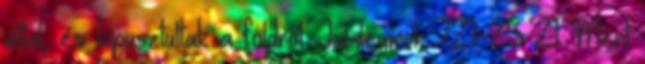
által, és kipusztultak a földről. Jubileumok 7:21-25 21 Mert